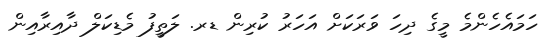
ހަމައެހެންމެ މީގެ ދިހަ ވަރަކަށް އަހަރު ކުރިން ޑރ. ލަތީފު މެޑިކަލް ދާއިރާއިން